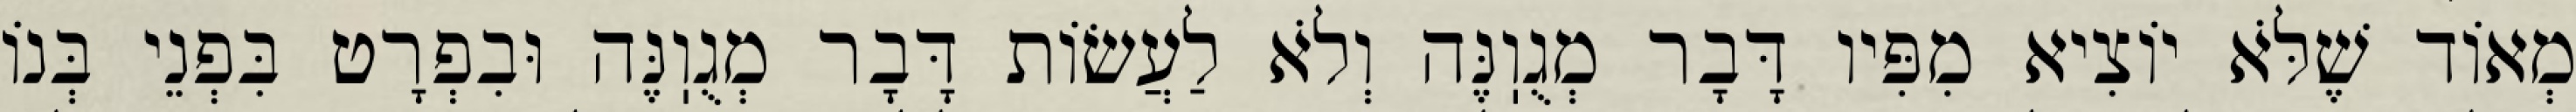
מְאוֹד שֶׁלֹּא יוֹצִיא מִפִּיו דָּבָר מְגֻוֽנֶּה וְלֹא לַעֲשׂוֹת דָּבָר מְגֻוֽנֶּה וּבִפְרָט בִּפְנֵי בְּנוֹ